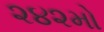
૨૪૨મો